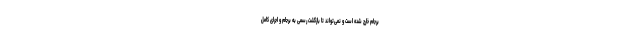
برجام خارج شده است و نمی‌تواند تا بازگشت رسمی به برجام و اجرای کامل